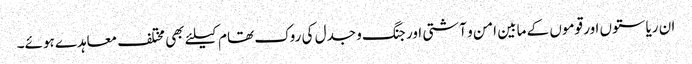
ان ریاستوں اور قوموں کے مابین امن و آشتی اور جنگ و جدل کی روک تھام کیلئے بھی مختلف معاہدے ہوئے۔